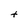
Character: t